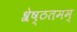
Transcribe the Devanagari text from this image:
श्रेष्ठतमम्